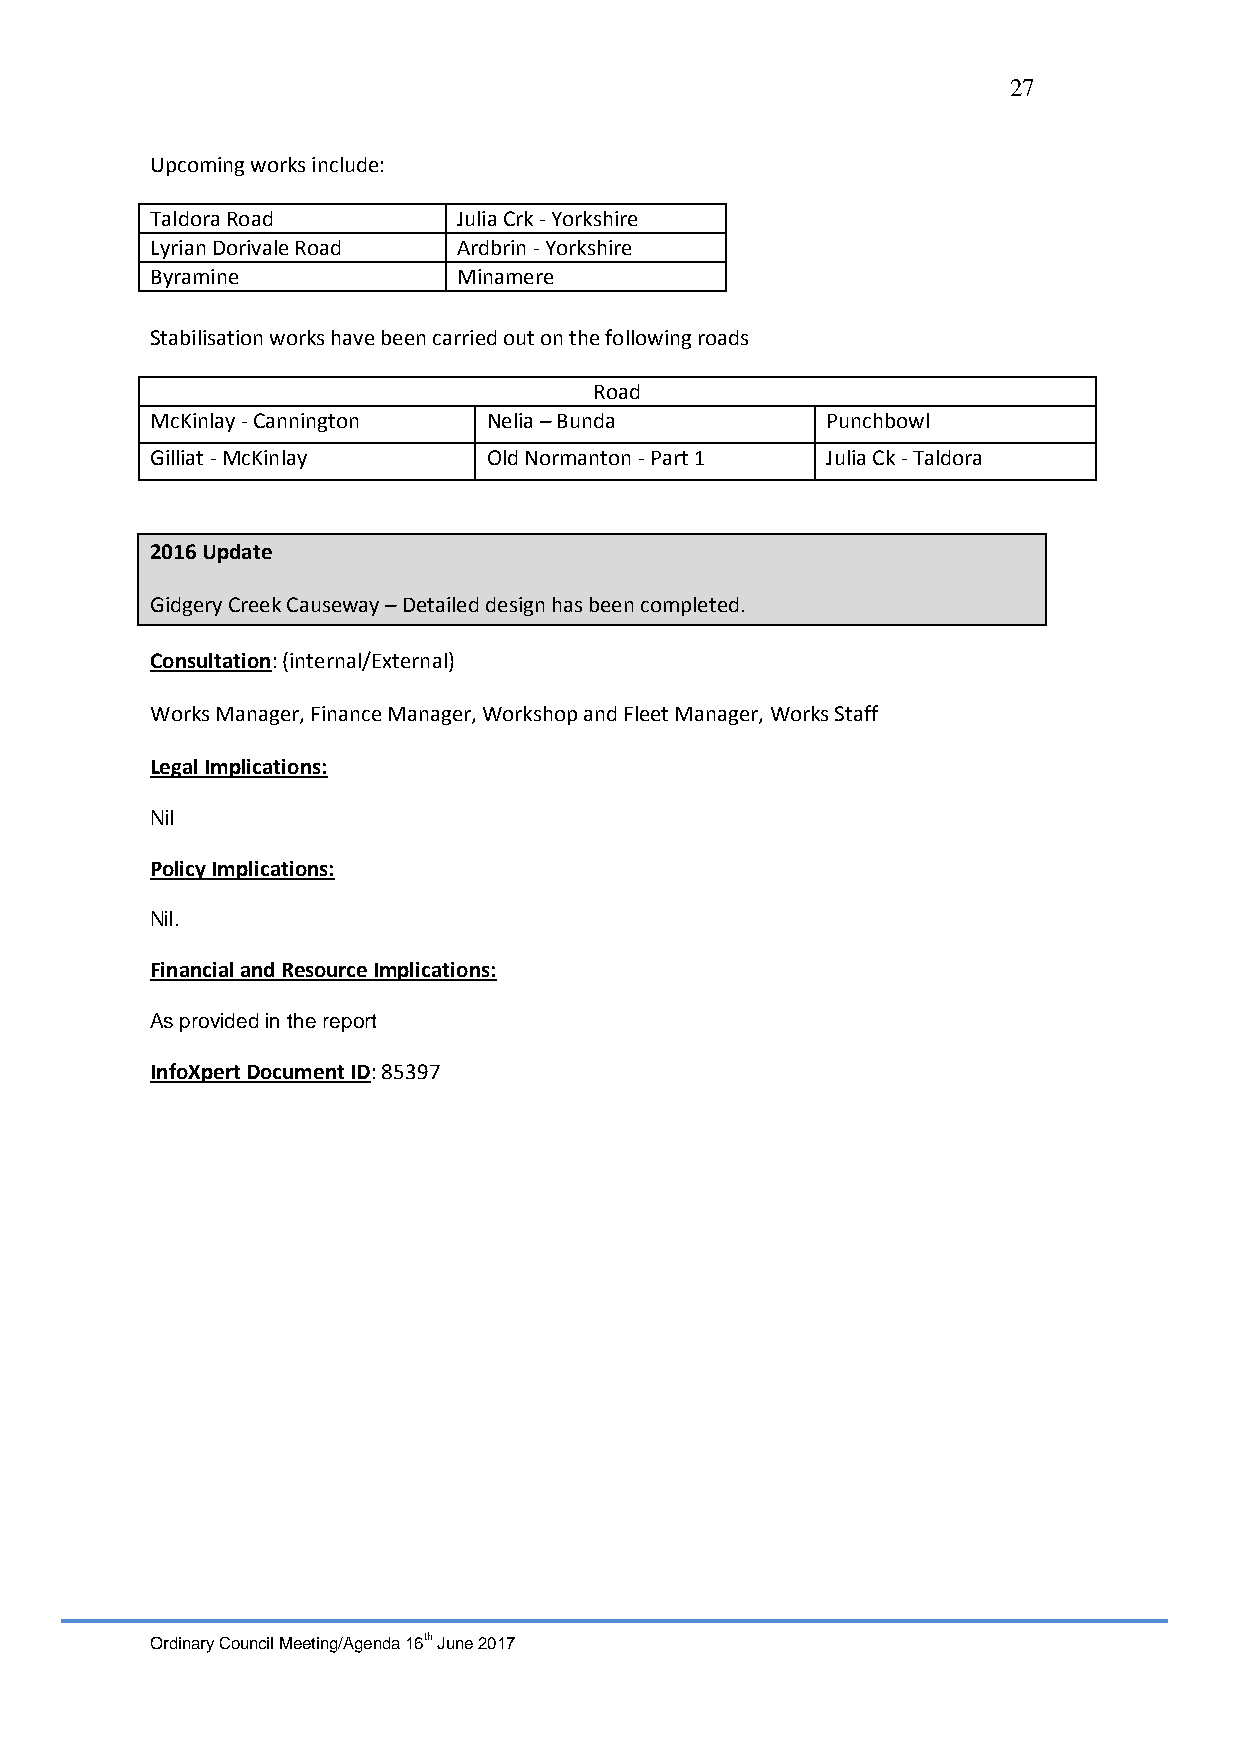
27
 Upcoming works include:
 Taldora Road        Julia Crk - Yorkshire
 Lyrian Dorivale Road Ardbrin - Yorkshire
 Byramine            Minamere
 Stabilisation works have been carried out on the following roads
 Road
 McKinlay - Cannington Nelia – Bunda          Punchbowl
 Gilliat - McKinlay    Old Normanton - Part 1 Julia Ck - Taldora
 2016 Update
 Gidgery Creek Causeway – Detailed design has been completed.
 Consultation: (internal/External)
 Works Manager, Finance Manager, Workshop and Fleet Manager, Works Staff
 Legal Implications:
 Nil
 Policy Implications:
 Nil.
 Financial and Resource Implications:
 As provided in the report
 InfoXpert Document ID: 85397
 Ordinary Council Meeting/Agenda 16th June 2017